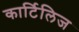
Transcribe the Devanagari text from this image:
कार्टिलिज